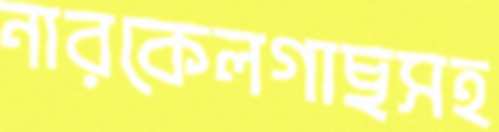
নারকেলগাছসহ